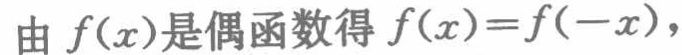
由\(f(x)\)是偶函数得\(f(x)=f(-x)\)，